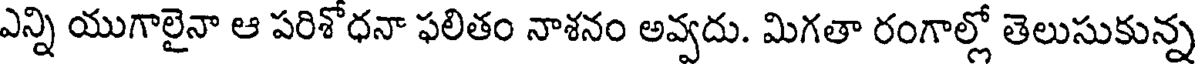
ఎన్ని యుగాలైనా ఆ పరిశోధనా ఫలితం నాశనం అవ్వదు. మిగతా రంగాల్లో తెలుసుకున్న